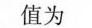
值为